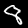
Label: 8